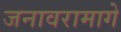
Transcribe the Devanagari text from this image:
जनावरामागे